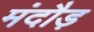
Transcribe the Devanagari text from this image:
मंदौड़